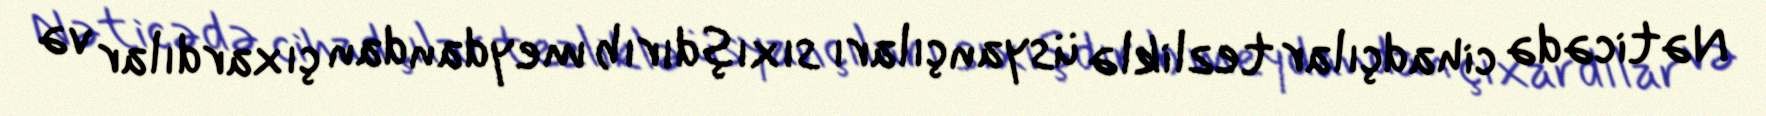
Nəticədə cihadçılar tezliklə üsyançıları sıxışdırıb meydandan çıxardılar və